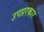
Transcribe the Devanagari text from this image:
उपप्ररकार